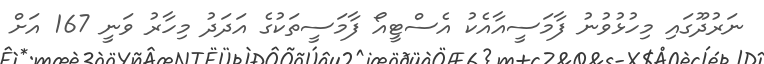
ނަރުދޫގައި މިހުޅުވުނު ފާމަސީއާއެކު އެސްޓީއޯ ފާމަސީތަކުގެ އަދަދު މިހާރު ވަނީ 167 އަށް